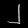
Digit: ၂